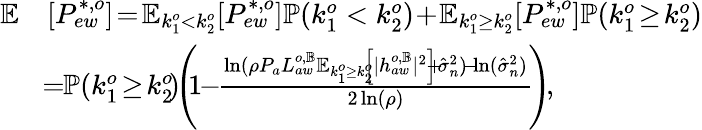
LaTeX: \begin{array}{rl}{\mathbb{E}}&{[P_{ew}^{*,o}]\! =\! \mathbb{E}_{k_{1}^{o}<k_{2}^{o}}[P_{ew}^{*,o}]\mathbb{P}(k_{1}^{o}<k_{2}^{o})\! +\! \mathbb{E}_{k_{1}^{o}\geq k_{2}^{o}}[P_{ew}^{*,o}]\mathbb{P}(k_{1}^{o}\! \geq\! k_{2}^{o})}\\ &{\! =\! \! \mathbb{P}(k_{1}^{o}\! \geq\! k_{2}^{o}\! )\! \! \left(\! \! 1\! \! -\! \! \frac{\ln(\rho P_{a}L_{aw}^{o,\mathbb{B}}\mathbb{E}_{k_{1}^{o}\geq k_{2}^{o}}\! \! \left[|{h}_{aw}^{o,\mathbb{B}}|^{2}\right]\! \! +\! \hat{\sigma}_{n}^{2})\! -\! \ln(\hat{\sigma}_{n}^{2})}{2\ln(\rho)}\! \right)\! ,}\end{array}